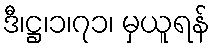
ဒီ၊ဋ္ဌ၊၁၊၇၁၊ မှယူရန်